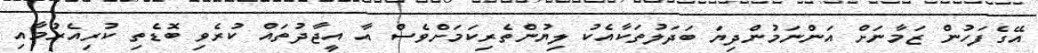
އޭގެފަހުން ޒަމާނަށް އަންނަމުންދިޔަ ބަދަލުތަކާއެކު ލިޔުންތެރިކަމަށްވެސް އާ އީޖާދުތައް ކުރެވި ބޮޑެތި ކުރިއެރުމާއި